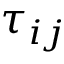
\tau _ { i j }